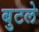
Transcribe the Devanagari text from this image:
बुटले